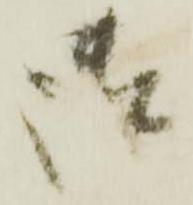
御